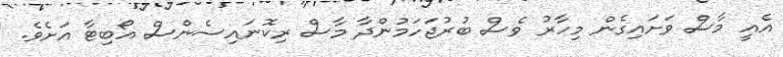
އެއީ މާސް ވަށައިގެން މިހާރު ވެސް ބުރުޖަހަމުންދާ މާސް ރިކޮނައިސެންސް އޯބިޓާ އަށެވެ.